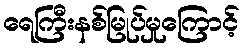
ရေကြီးနစ်မြုပ်မှုကြောင့်